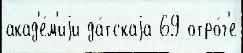
акад'е́м'иjи да́тскаjа 69 отро́г'е